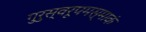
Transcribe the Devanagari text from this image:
गुरुस्वरूपमस्माकं